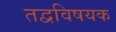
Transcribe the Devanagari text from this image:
तद्वविषयक